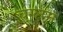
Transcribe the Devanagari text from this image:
चुग्लम